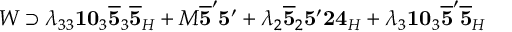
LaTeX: W \supset \lambda _ { 3 3 } { \bf 1 0 } _ { 3 } \overline { { { { \bf 5 } } } } _ { 3 } \overline { { { { \bf 5 } } } } _ { H } + M \overline { { { { \bf 5 } } } } ^ { \prime } { \bf 5 } ^ { \prime } + \lambda _ { 2 } \overline { { { { \bf 5 } } } } _ { 2 } { \bf 5 } ^ { \prime } { \bf 2 4 } _ { H } + \lambda _ { 3 } { \bf 1 0 } _ { 3 } \overline { { { { \bf 5 } } } } ^ { \prime } \overline { { { { \bf 5 } } } } _ { H }